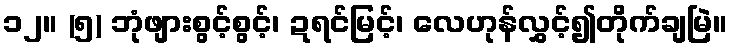
၁၂။ (၅) ဘုံဖျားစွင့်စွင့်၊ ဍရင်မြင့်၊ လေဟုန်လွှင့်၍တိုက်ချမြဲ။